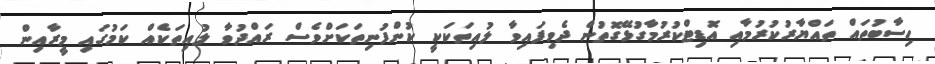
ހިސާބުތައް ތައްޔާރުކުރުމާއި އޮޑިޓްކުރުމާގުޅޭގޮތުން ދެވިފައިވާ ލުއިތަކަކީ ކުންފުނިތަކަށްވެސް ރައްދުވާ ލުއިތަކެއް ކަމުގައި މީރާއިން